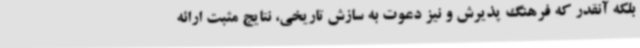
بلکه آنقدر که فرهنگ پذیرش و نیز دعوت به سازش تاریخی، نتایج مثبت ارائه